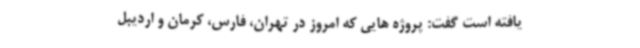
یافته است گفت: پروژه هایی که امروز در تهران، فارس، کرمان و اردیبل